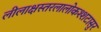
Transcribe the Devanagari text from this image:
लीलाक्षस्तरलालोकश्शटासुर